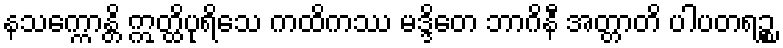
နသက္ကောန္တိ ဣတ္ထိပုရိသေ ကထိကဿ မဒ္ဒိတေ ဘာဂိနီ အတ္တာတိ ပါပတရဉ္စ